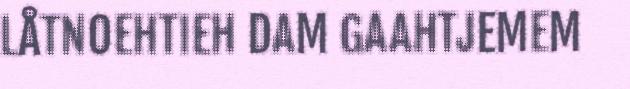
LÅTNOEHTIEH DAM GAAHTJEMEM